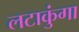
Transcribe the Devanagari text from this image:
लटाकुंगा